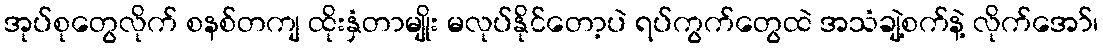
အုပ်စုတွေလိုက် စနစ်တကျ ထိုးနှံတာမျိုး မလုပ်နိုင်တော့ပဲ ရပ်ကွက်တွေထဲ အသံချဲ့စက်နဲ့ လိုက်အော်၊